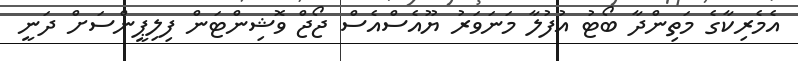
އެމެރިކާގެ މަތިންދާ ބޯޓު އުފުލާ މަނަވަރު ޔޫއެސްއެސް ޖޯޖް ވޮޝިންޓަން ފިލިޕީންސަށް ދަނީ